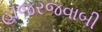
હાજરજવાબી